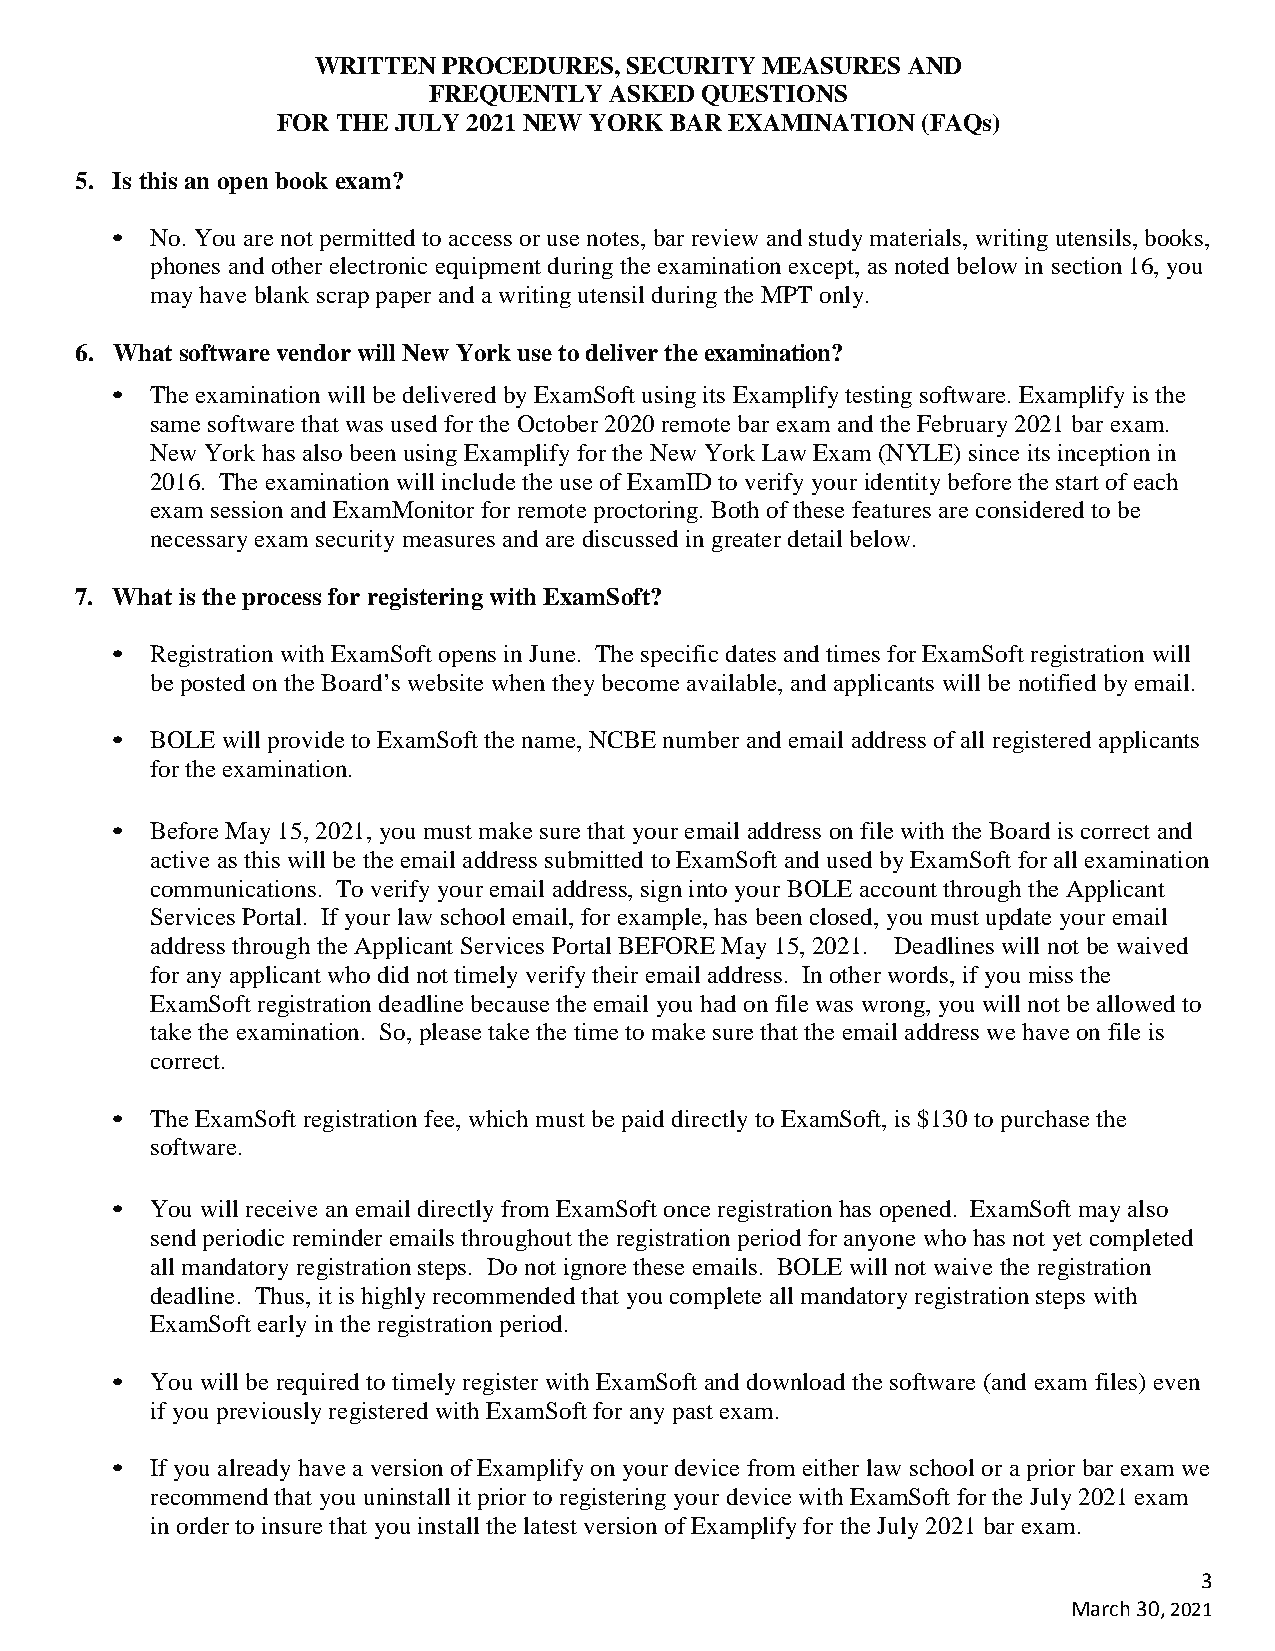
WRITTEN PROCEDURES,  SECURITY MEASURES AND
 FREQUENTLY  ASKED QUESTIONS
 FOR THE JULY 2021 NEW YORK BAR EXAMINATION (FAQs)
 5. Is this an open book exam?
 •  No. You are not permitted to access or use notes, bar review and study materials, writing utensils, books,
 phones and other electronic equipment during the examination except, as noted below in section 16, you
 may have blank scrap paper and a writing utensil during the MPT only.
 6. What software vendor will New York use to deliver the examination?
 •  The examination will be delivered by ExamSoft using its Examplify testing software. Examplify is the
 same software that was used for the October 2020 remote bar exam and the February 2021 bar exam.
 New York has also been using Examplify for the New York Law Exam (NYLE) since its inception in
 2016. The examination will include the use of ExamID to verify your identity before the start of each
 exam session and ExamMonitor for remote proctoring. Both of these features are considered to be
 necessary exam security measures and are discussed in greater detail below.
 7. What is the process for registering with ExamSoft?
 •  Registration with ExamSoft opens in June. The specific dates and times for ExamSoft registration will
 be posted on the Board’s website when they become available, and applicants will be notified by email.
 •  BOLE will provide to ExamSoft the name, NCBE number and email address of all registered applicants
 for the examination.
 •  Before May 15, 2021, you must make sure that your email address on file with the Board is correct and
 active as this will be the email address submitted to ExamSoft and used by ExamSoft for all examination
 communications. To verify your email address, sign into your BOLE account through the Applicant
 Services Portal. If your law school email, for example, has been closed, you must update your email
 address through the Applicant Services Portal BEFORE May 15, 2021. Deadlines will not be waived
 for any applicant who did not timely verify their email address. In other words, if you miss the
 ExamSoft registration deadline because the email you had on file was wrong, you will not be allowed to
 take the examination. So, please take the time to make sure that the email address we have on file is
 correct.
 •  The ExamSoft registration fee, which must be paid directly to ExamSoft, is $130 to purchase the
 software.
 •  You will receive an email directly from ExamSoft once registration has opened. ExamSoft may also
 send periodic reminder emails throughout the registration period for anyone who has not yet completed
 all mandatory registration steps. Do not ignore these emails. BOLE will not waive the registration
 deadline. Thus, it is highly recommended that you complete all mandatory registration steps with
 ExamSoft early in the registration period.
 •  You will be required to timely register with ExamSoft and download the software (and exam files) even
 if you previously registered with ExamSoft for any past exam.
 •  If you already have a version of Examplify on your device from either law school or a prior bar exam we
 recommend that you uninstall it prior to registering your device with ExamSoft for the July 2021 exam
 in order to insure that you install the latest version of Examplify for the July 2021 bar exam.
 3
 March 30, 2021